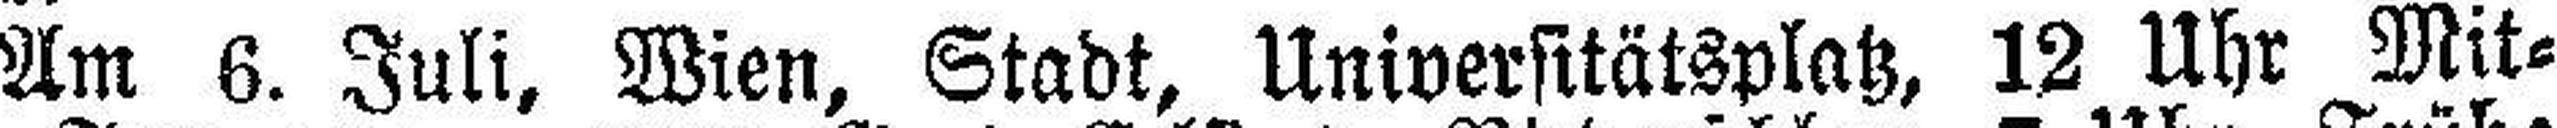
Am 6. Juli, Wien, Stadt, Universitätsplatz, 12 Uhr Mit¬